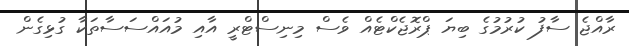
ރާއްޖެ ސާފު ކުރުމުގެ ބިޔަ ޕްރޮޖެކްޓެއް ވެސް މިނިސްޓްރީ އާއި މުއައްސަސާތަކާ ގުޅިގެން